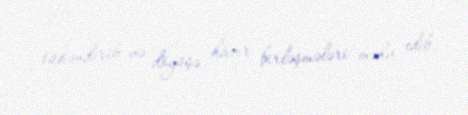
tükəndirib və döyüşə hazır birləşmələri məhv edib.